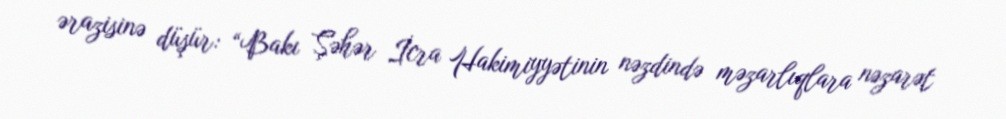
ərazisinə düşür: “Bakı Şəhər İcra Hakimiyyətinin nəzdində məzarlıqlara nəzarət